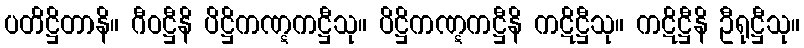
ပတိဋ္ဌိတာနိ။ ဂီဝဋ္ဌီနိ ပိဋ္ဌိကဏ္ဋကဋ္ဌီသု။ ပိဋ္ဌိကဏ္ဋကဋ္ဌီနိ ကဋိဋ္ဌီသု။ ကဋိဋ္ဌီနိ ဦရုဋ္ဌီသု။